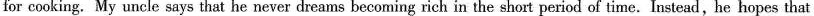
for cooking. My uncle says that he never dreams becoming rich in the short period of time.Instead, he hopes that